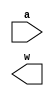
module MyXOR2(input a,output w);
    //Method 1
    xor #(21,25) x1(y,a,b);
    //Method 2
    assign #(21,25) Y = ~a&b | a&~b;
endmodule